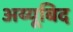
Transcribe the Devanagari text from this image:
अय्यूबिद